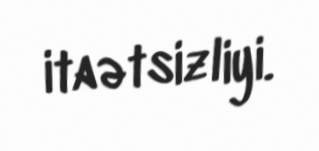
itaətsizliyi.